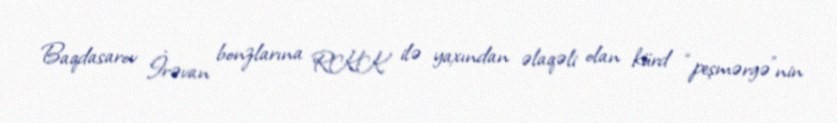
Baqdasarov İrəvan bonzlarına RKK ilə yaxından əlaqəli olan kürd “peşmərgə”nin